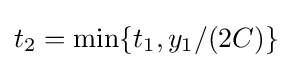
t_{2}=\min\{t_{1},y_{1}/(2C)\}